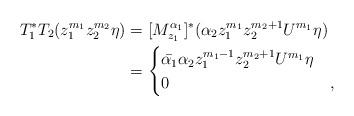
LaTeX: \begin{align*}T_1^*T_2(z_1^{m_1} z_2^{m_2}\eta)&=[M_{z_1}^{\alpha_1}]^*( \alpha_2 z_1^{m_1} z_2^{m_2+1} U^{m_1}\eta) \\&=\begin{cases}\bar{\alpha_1} \alpha_2 z_1^{m_1-1} z_2^{m_2+1} U^{m_1}\eta & \\0 & ,\end{cases}\end{align*}